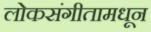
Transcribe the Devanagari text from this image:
लोकसंगीतामधून